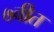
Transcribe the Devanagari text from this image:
७वीत